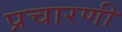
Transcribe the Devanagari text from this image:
प्रचारणी